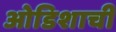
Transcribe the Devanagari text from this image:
ओडिशाची